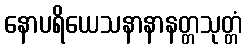
နောပရိယေသနာနာနတ္တသုတ္တံ